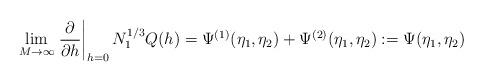
LaTeX: \begin{align*}\lim_{M\to\infty}\left.\frac{\partial}{\partial h}\right|_{h=0}N_1^{1/3}Q(h)=\Psi^{(1)}(\eta_1,\eta_2)+\Psi^{(2)}(\eta_1,\eta_2):=\Psi(\eta_1,\eta_2)\end{align*}